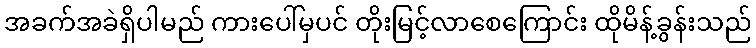
အခက်အခဲရှိပါမည် ကားပေါ်မှပင် တိုးမြင့်လာစေကြောင်း ထိုမိန့်ခွန်းသည်